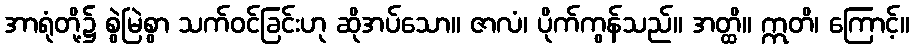
အာရုံတို့၌ စွဲမြဲစွာ သက်ဝင်ခြင်းဟု ဆိုအပ်သော။ ဇာလံ၊ ပိုက်ကွန်သည်။ အတ္ထိ။ ဣတိ၊ ကြောင့်။